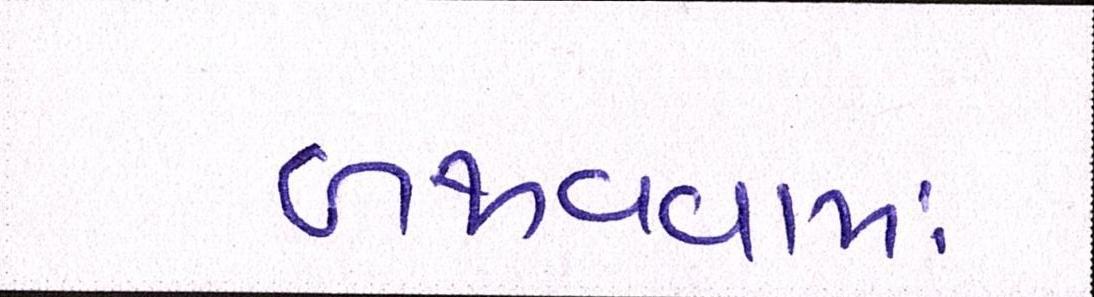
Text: બજાવવામાં